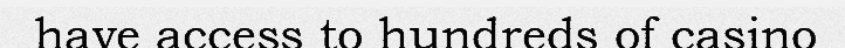
have access to hundreds of casino